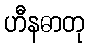
ဟီနဓာတု